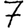
Digit: 7